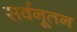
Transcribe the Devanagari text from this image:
सर्वनूतन